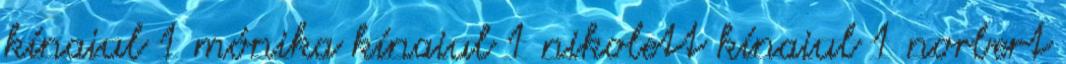
kínaiul 1 mónika kínaiul 1 nikolett kínaiul 1 norbert